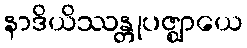
နာဒိယိဿန္တုပဇ္ဈာယေ